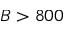
B > 8 0 0